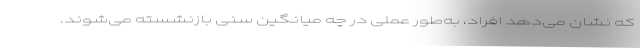
که نشان می‌دهد افراد، به‌طور عملی در چه میانگین سنی بازنشسته می‌شوند.